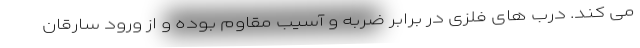
می کند. درب های فلزی در برابر ضربه و آسیب مقاوم بوده و از ورود سارقان